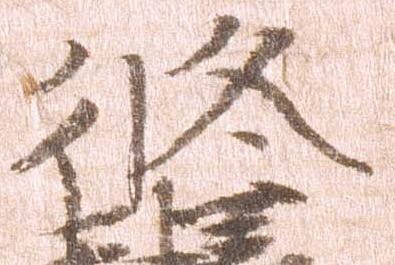
修